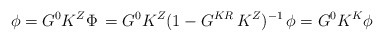
\begin{align*}\phi=G^0K^Z\Phi\,=G^0K^Z(1-G^{KR}\,K^Z)^{-1}\,\phi=G^0K^K\phi\end{align*}